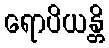
ရောပိယန္တိ